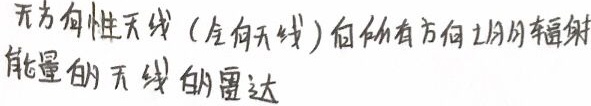
无方向性天线（全向天线）向所有方向上均匀辐射能量的天线的雷达